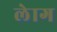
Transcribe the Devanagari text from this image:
लेाग